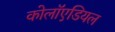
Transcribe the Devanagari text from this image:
कोलॉएडियल